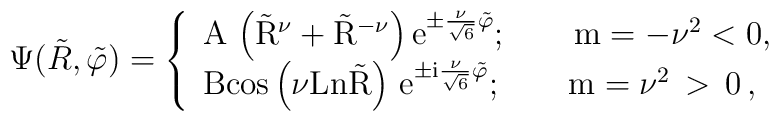
\Psi(\tilde R,\tilde \varphi)= \left \{   \begin{array}{l}{\rm A\, \left(\tilde   R^\nu +  \tilde R^{-\nu} \right) e^{\pm \frac{ \nu}{\sqrt{6}}\tilde \varphi} }; \qquad {\rm m=-\nu^2<0,}\cr {\rm B cos \left(\nu Ln \tilde R \right) \,  e^{\pm i\frac{\nu}{\sqrt{6}} \tilde \varphi} }; \qquad {\rm m=\nu^2} \,  > \, 0 \, ,\end{array} \right.